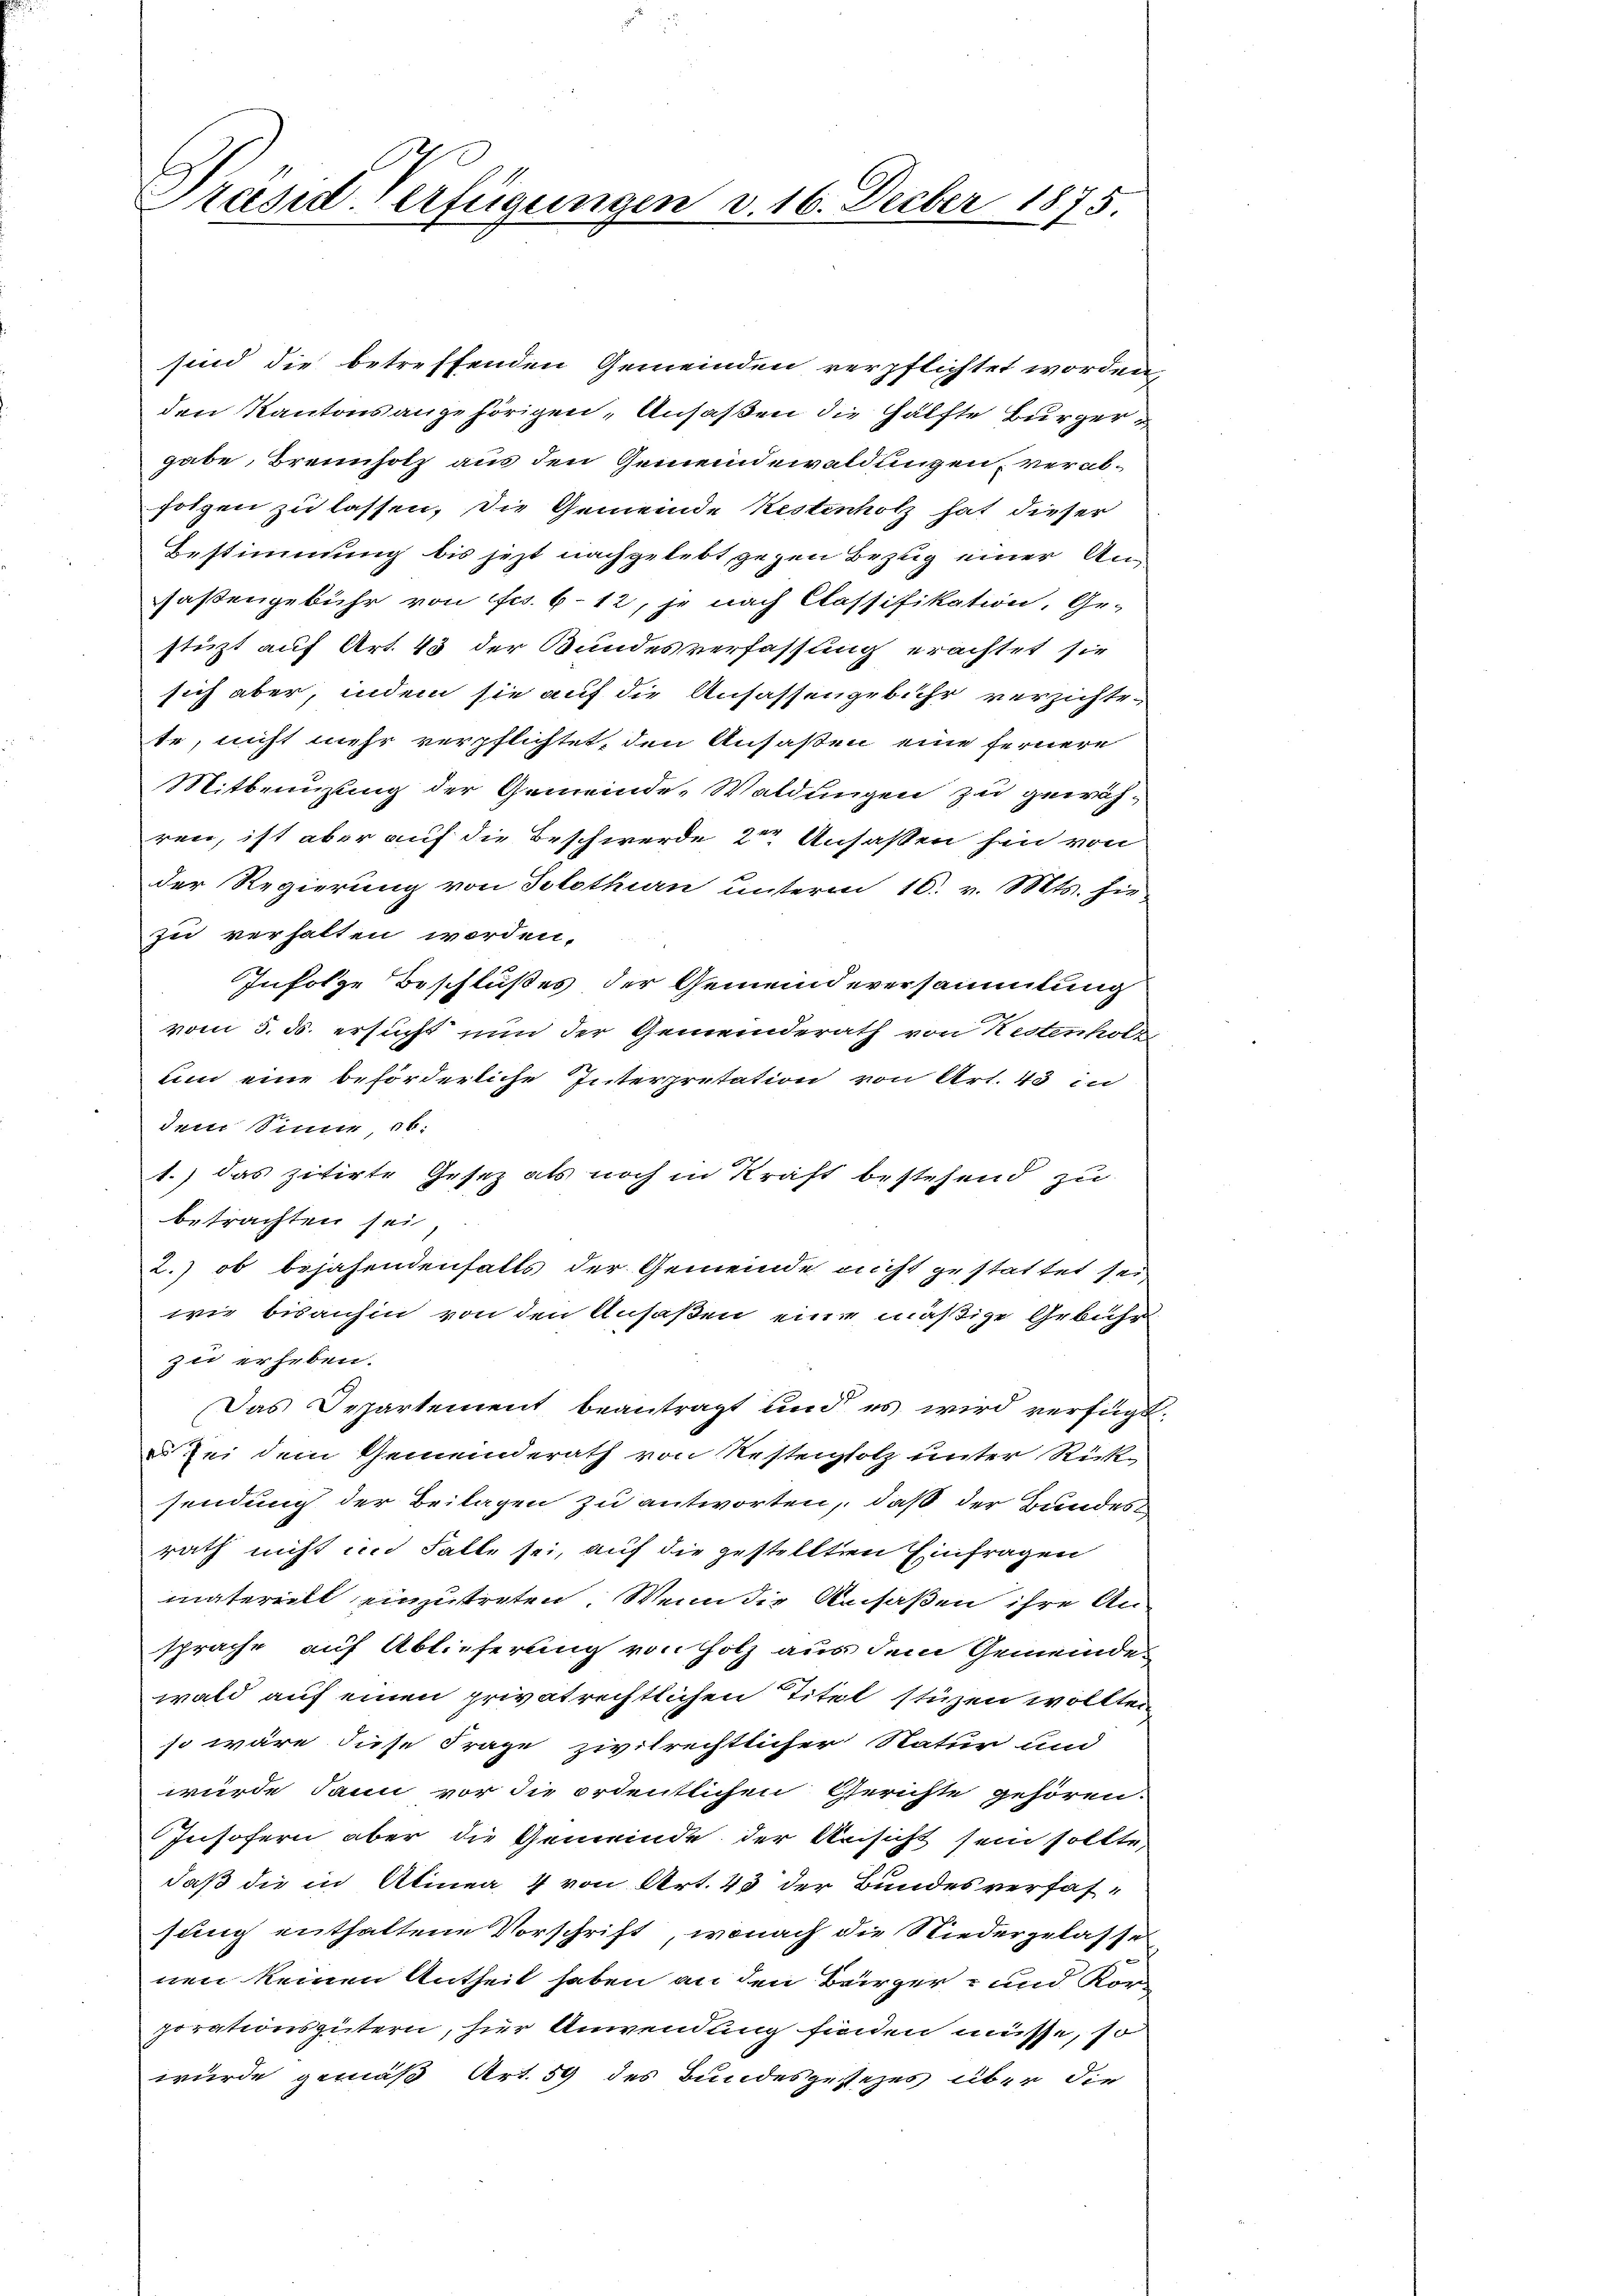
Präsiderfügungen v. 16. Feber 1875

sind die betreffenden Gemeinden verpflichtet worden,
den Kantonsangehörigen, Ansaßen die Hälfte Bürgergabe, Brennholz aus den Gemeindewaldungen, verabfolgen zu lassen. Die Gemeinde Kestenholz hat dieser
Bestimmung bis jezt nachgelebt, gegen Bezug einer Ansaßengebühr von Frs. 6. 12, je nach Classifikation, Ge-
stüzt auf Art. 45 der Bundesverfassung erachtet sie
sich aber, indem sie auf die Ansassengebühr verzichtete, nicht mehr verpflichtet, den Ansaßen eine fernere
Mitbenuzling der Gemeinde-Waldungen zu gewähren, ist aber auf die Beschwerde 2te Ansassen hin von
der Regierung von Solothurn unterm 10. v. Mts. hie-
zu verhalten worden.
Infolge Beschlußes der Gemeindeversammlung
vom 5. ds. ersucht nun der Gemeinderath von Kestenholz
um eine beförderliche Interpretation von Art. 43 in
dem Sinne, ob
1.) Das zitirte Gesez als noch in Kraft bestehend zu
betrachten sei,
2.) ob bejahendenfalls der Gemeinde nicht gestattet sei
wie bisanhin von den Ansaßen eine mäßige Gebühr
zu erheben.
Das Departement beantragt und es wird verfügt:
Zei dem Gemeinderath von Nestenholz unter Rick
sendung der Beilagen zu antworten, daß der Bundes
rath nicht in Falle sei, auf die gestellten Einfragen
materiell einzutreten. Wenn die Ansaßen ihre Ansprache auf Ablieferung von Holz aus dem Gemeinde-
wald auf einen privatrechtlichen Titel stüzen wollten
so wäre diese Frage zivilrechtlicher Natur und
würde dann vor die ordentlichen Gerichte gehören.
Insofern aber die Gemeinde der Ansicht sein sollte,
daß die in Alinea 4 von Art. 43 der Bundesverfassung enthaltene Vorschrift, wonach die Niedergelasse
nen keinen Antheil haben an den Bürger- und Kor-
porationsgütern, hier Anwendung finden müsse, so
würde gemäß Art. 59 des Bundesgesezes über die